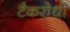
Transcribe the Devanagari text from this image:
टैकरोधी